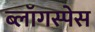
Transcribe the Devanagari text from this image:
ब्लॉगस्पेस